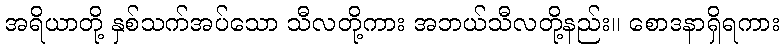
အရိယာတို့ နှစ်သက်အပ်သော သီလတို့ကား အဘယ်သီလတို့နည်း။ စောဒနာရှိရကား